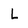
Character: L